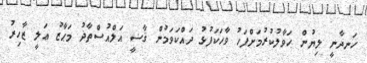
ހަނދާނީ ލިޔުން ހަވާލުކުރުމަށްފަހު ވާހަކަފުޅު ދައްކަވަމުން ޤާޟީ އަލްއުސްތާޛު މަޙާޒު ޢަލީ ޒާހިރު